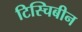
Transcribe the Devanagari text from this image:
टिस्चिबीन